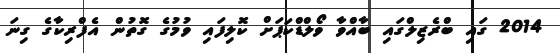
2014 ގައި ބްރެޒިލްގައި ބާއްވާ ވޯލްޑްކަޕަށް ކޮލިފައި ވުމުގެ ގޮތުން އެފްރިކާގެ ގިނަ